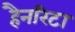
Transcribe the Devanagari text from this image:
हैनरिटा